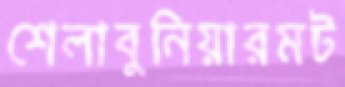
শেলাবুনিয়ারমট